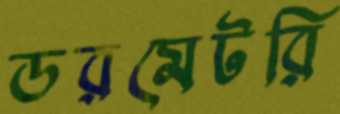
ডরমেটরি